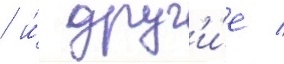
/ и́ друг'и́е /